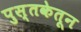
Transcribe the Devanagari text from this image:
पुस्तकेतून